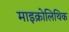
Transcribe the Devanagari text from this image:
माइक्रोलिथिक